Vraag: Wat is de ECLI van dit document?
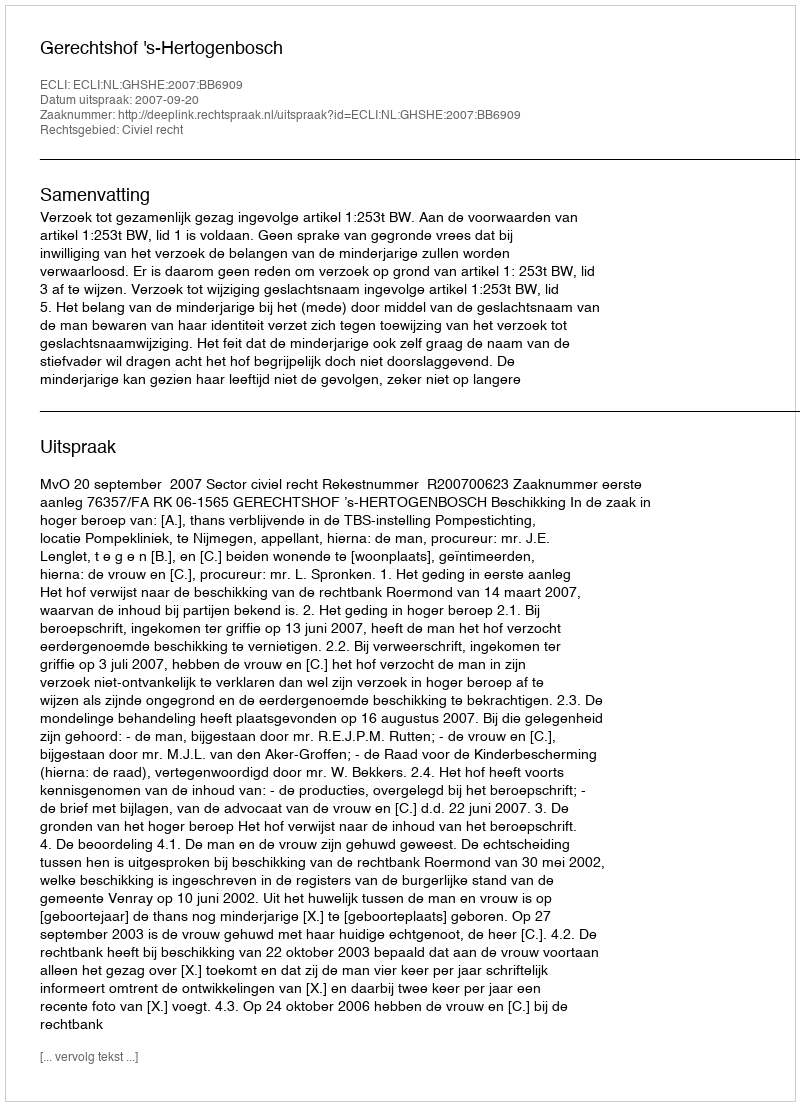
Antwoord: ECLI:NL:GHSHE:2007:BB6909